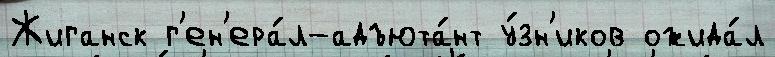
Жиганск г'ен'ера́л-адъюта́нт у́зн'иков ожида́л